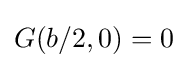
G(b/2,0)=0